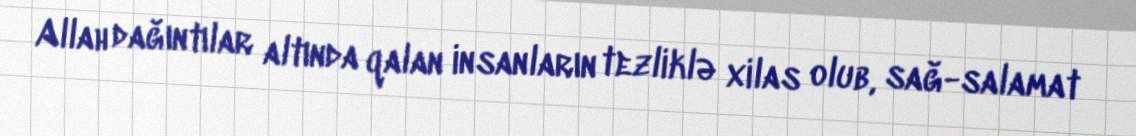
Allah dağıntılar altında qalan insanların tezliklə xilas olub, sağ-salamat